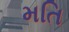
મતિ